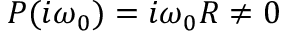
P ( i \omega _ { 0 } ) = i \omega _ { 0 } R \neq 0